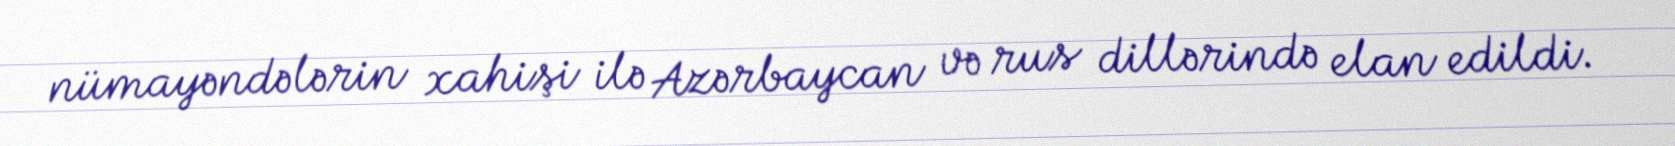
nümayəndələrin xahişi ilə Azərbaycan və rus dillərində elan edildi.